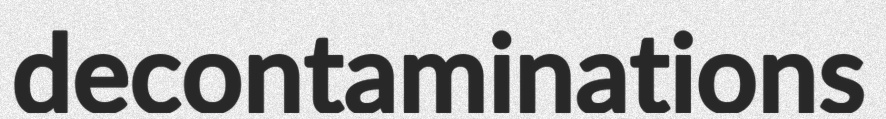
decontaminations